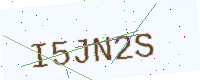
Text: I5JN2S